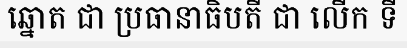
ឆ្នោត ជា ប្រធានាធិបតី ជា លើក ទី